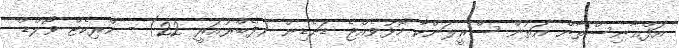
އަފްޣާނިސްތާން އަތުން ސްރީލަންކާ މޮޅުވެއްޖެ ޑަނެޑިން (ފެބްރުއަރީ 22) - ކްރިކެޓް ވޯލްޑް